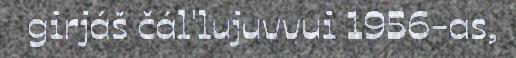
girjáš čál'lujuvvui 1956-as,